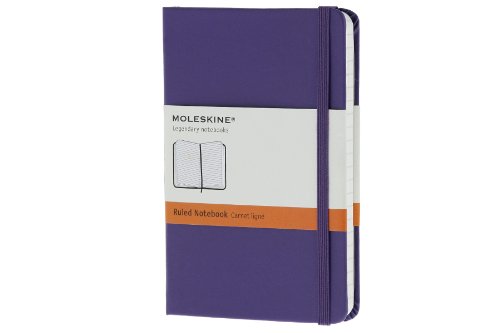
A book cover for Moleskine Classic Notebook, Pocket, Ruled, Brilliant Violet, Hard Cover (3.5 x 5.5) (Classic Notebooks); Moleskine; Travel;